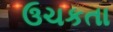
ઉચકતા